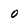
Character: 0